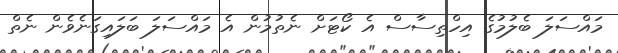
މައްސަލަ ބެލުމުގެ އިހްތިސާސް އެ ކޯޓަށް ނެތުމުން އެ މައްސަލަ ބަލައިގަނެވެން ނެތް